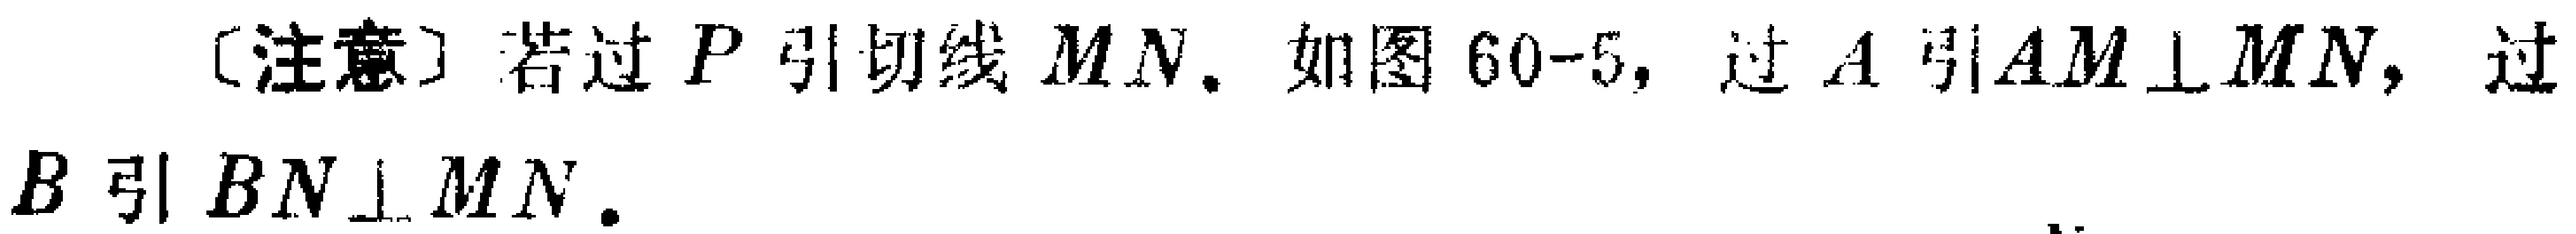
[注意] 若过 \(P\) 引切线 \(MN\). 如图 60-5, 过 \(A\) 引 \(AM\perp MN\), 过 \(B\) 引 \(BN\perp MN\).